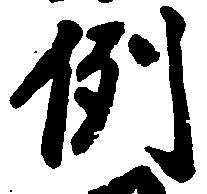
例